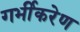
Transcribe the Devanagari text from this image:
गर्भीकरेण